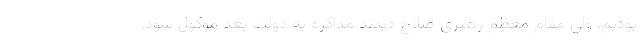
بودیم، ولی مقام معظم رهبری صلاح دیدند مذاکره به دولت بعد موکول شود.